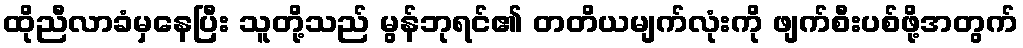
ထိုညီလာခံမှနေပြီး သူတို့သည် မွန်ဘုရင်၏ တတိယမျက်လုံးကို ဖျက်စီးပစ်ဖို့အတွက်